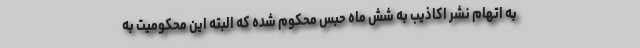
به اتهام نشر اکاذیب به شش ماه حبس محکوم شده که البته این محکومیت به